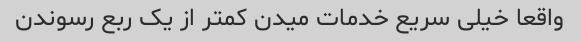
واقعا خیلی سریع خدمات میدن کمتر از یک ربع رسوندن